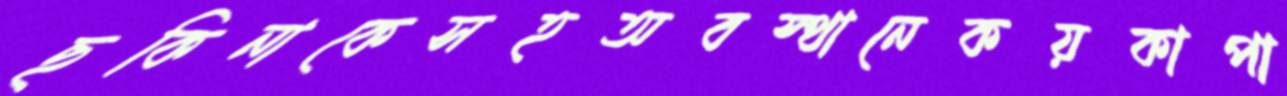
ছকিনাকেসহঅবস্থানেকয়কাপা